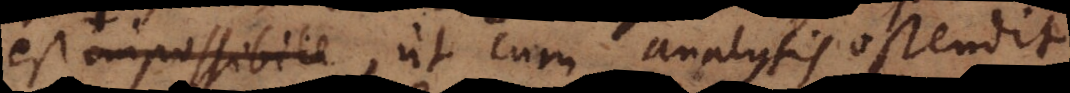
est impossibile, ut cum analysis ostendit